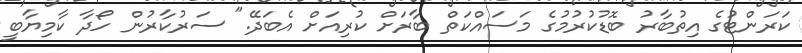
ކަރަންޓުގެ އިތުބާރު ބޮޑުކުރުމުގެ މަސައްކަތް ބާރަށް ކުރިއަށް އެބަދޭ." ސަރުކާރުން ހޯދާ ކާމިޔާބީ